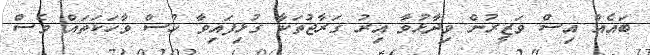
ބައެއް އިސް ވަޒީރުން ވިދާޅުވާ އިރު ގަރާޖުތަކާ ގުޅިފައިވާ ހުސް ވާހަކަތައް ވެސް